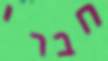
חברי